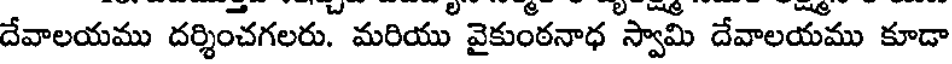
దేవాలయము దర్శించగలరు. మరియు వైకుంఠనాధ స్వామి దేవాలయము కూడా